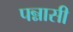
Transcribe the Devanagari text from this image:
पन्नासी